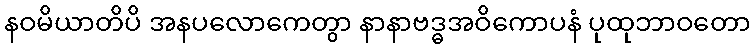
နဝမိယာတိပိ အနပလောကေတွာ နာနာဗဒ္ဓအဝိကောပနံ ပုထုဘာဝတော